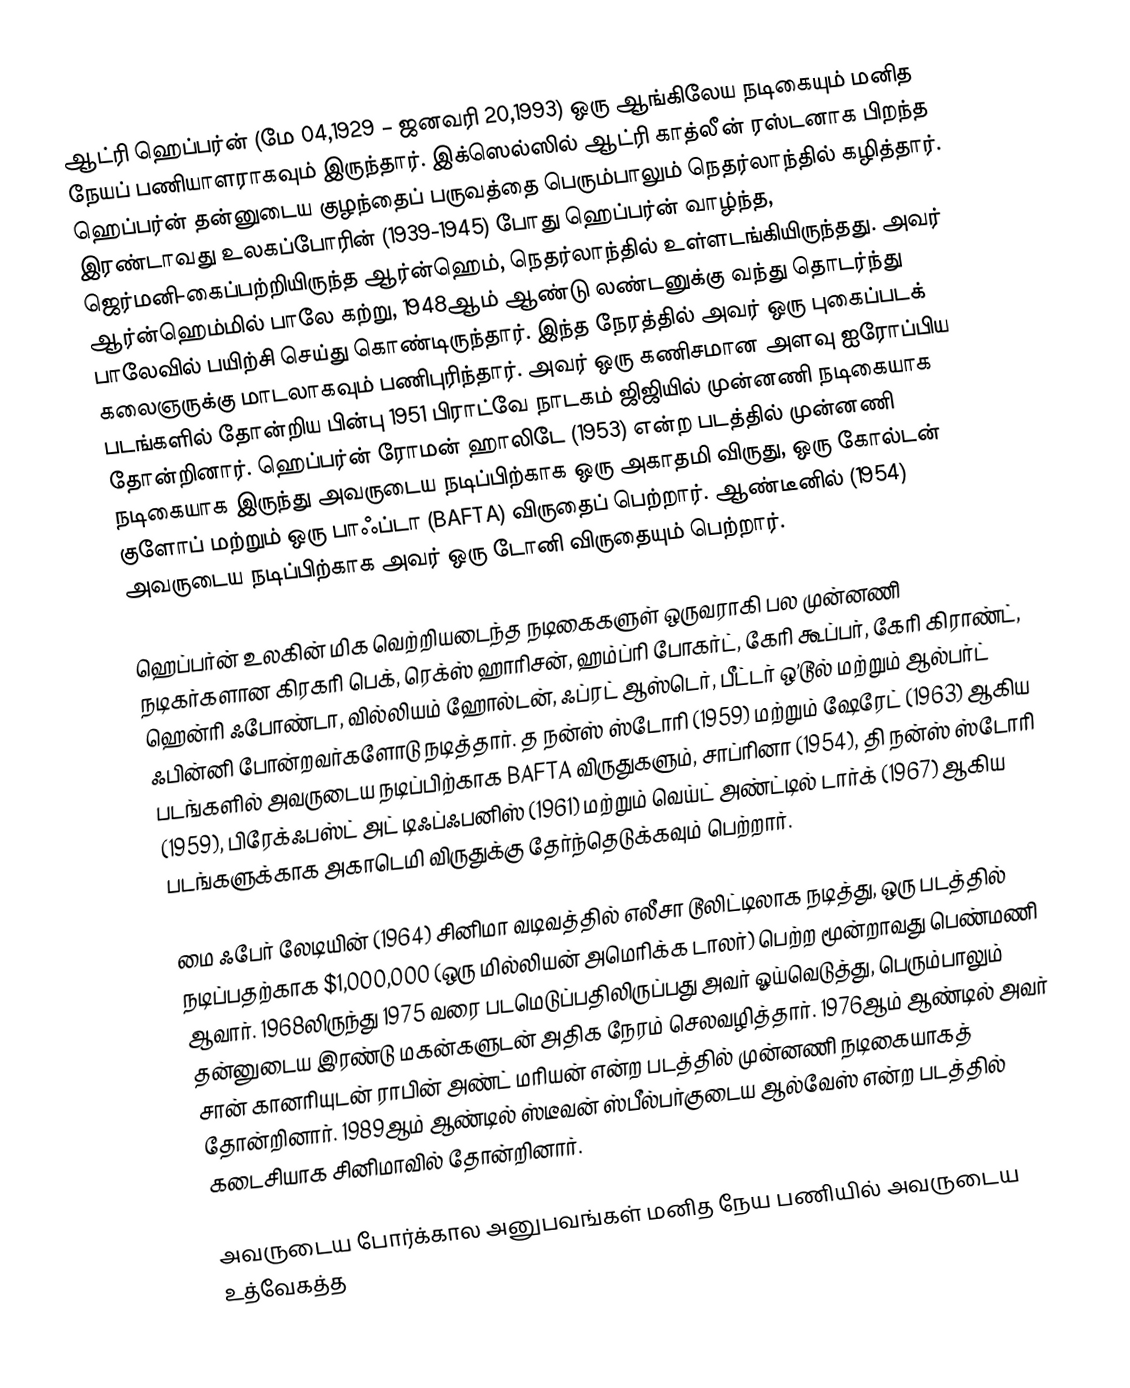
ஆட்ரி ஹெப்பர்ன் (மே 04,1929 – ஜனவரி 20,1993) ஒரு ஆங்கிலேய நடிகையும் மனித நேயப் பணியாளராகவும் இருந்தார். இக்ஸெல்ஸில் ஆட்ரி காத்லீன் ரஸ்டனாக பிறந்த ஹெப்பர்ன் தன்னுடைய குழந்தைப் பருவத்தை பெரும்பாலும் நெதர்லாந்தில் கழித்தார். இரண்டாவது உலகப்போரின் (1939-1945) போது ஹெப்பர்ன் வாழ்ந்த, ஜெர்மனி-கைப்பற்றியிருந்த ஆர்ன்ஹெம், நெதர்லாந்தில் உள்ளடங்கியிருந்தது. அவர் ஆர்ன்ஹெம்மில் பாலே கற்று, 1948ஆம் ஆண்டு லண்டனுக்கு வந்து தொடர்ந்து பாலேவில் பயிற்சி செய்து கொண்டிருந்தார். இந்த நேரத்தில் அவர் ஒரு புகைப்படக் கலைஞருக்கு மாடலாகவும் பணிபுரிந்தார். அவர் ஒரு கணிசமான அளவு ஐரோப்பிய படங்களில் தோன்றிய பின்பு 1951 பிராட்வே நாடகம் ஜிஜியில் முன்னணி நடிகையாக தோன்றினார். ஹெப்பர்ன் ரோமன் ஹாலிடே (1953) என்ற படத்தில் முன்னணி நடிகையாக இருந்து அவருடைய நடிப்பிற்காக ஒரு அகாதமி விருது, ஒரு கோல்டன் குளோப் மற்றும் ஒரு பாஃப்டா (BAFTA) விருதைப் பெற்றார். ஆண்டீனில் (1954) அவருடைய நடிப்பிற்காக அவர் ஒரு டோனி விருதையும் பெற்றார்.

ஹெப்பர்ன் உலகின் மிக வெற்றியடைந்த நடிகைகளுள் ஒருவராகி பல முன்னணி நடிகர்களான கிரகரி பெக், ரெக்ஸ் ஹாரிசன், ஹம்ப்ரி போகர்ட், கேரி கூப்பர், கேரி கிராண்ட், ஹென்ரி ஃபோண்டா, வில்லியம் ஹோல்டன், ஃப்ரட் ஆஸ்டெர், பீட்டர் ஒ’டூல் மற்றும் ஆல்பர்ட் ஃபின்னி போன்றவர்களோடு நடித்தார். த நன்ஸ் ஸ்டோரி (1959) மற்றும் ஷேரேட் (1963) ஆகிய படங்களில் அவருடைய நடிப்பிற்காக BAFTA விருதுகளும், சாப்ரினா (1954), தி நன்ஸ் ஸ்டோரி (1959), பிரேக்ஃபஸ்ட் அட் டிஃப்ஃபனிஸ் (1961) மற்றும் வெய்ட் அண்ட்டில் டார்க் (1967) ஆகிய படங்களுக்காக அகாடெமி விருதுக்கு தேர்ந்தெடுக்கவும் பெற்றார்.

மை ஃபேர் லேடியின் (1964) சினிமா வடிவத்தில் எலீசா டூலிட்டிலாக நடித்து, ஒரு படத்தில் நடிப்பதற்காக $1,000,000 (ஒரு மில்லியன் அமெரிக்க டாலர்) பெற்ற மூன்றாவது பெண்மணி ஆவார். 1968லிருந்து 1975 வரை படமெடுப்பதிலிருப்பது அவர் ஓய்வெடுத்து, பெரும்பாலும் தன்னுடைய இரண்டு மகன்களுடன் அதிக நேரம் செலவழித்தார். 1976ஆம் ஆண்டில் அவர் சான் கானரியுடன் ராபின் அண்ட் மரியன் என்ற படத்தில் முன்னணி நடிகையாகத் தோன்றினார். 1989ஆம் ஆண்டில் ஸ்டீவன் ஸ்பீல்பர்குடைய ஆல்வேஸ் என்ற படத்தில் கடைசியாக சினிமாவில் தோன்றினார்.

அவருடைய போர்க்கால அனுபவங்கள் மனித நேய பணியில் அவருடைய உத்வேகத்த